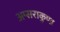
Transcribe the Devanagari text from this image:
अप्सराकुण्ड